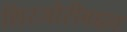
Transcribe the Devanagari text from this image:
शिरजोरीबद्दल